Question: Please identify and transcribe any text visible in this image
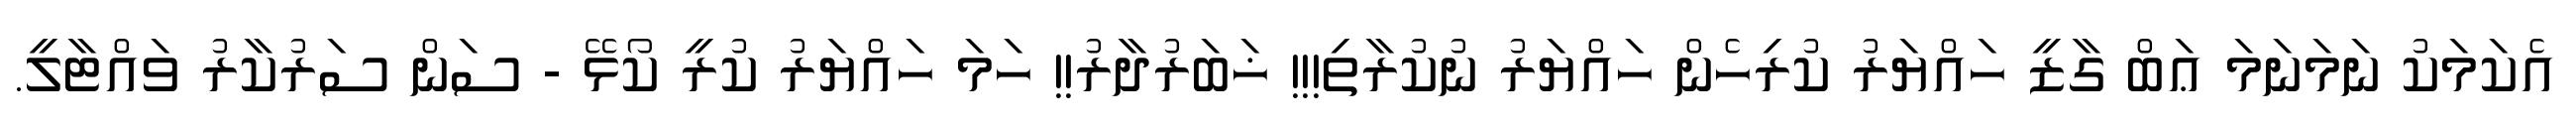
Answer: އެކަމަކު ނަމަނަމަ ޢަބް ގާޒީ ހައްޔަރު ކުރިހެން ހައްޔަރު ނުކުރާތި!!! ޚަބަރުދާރު!! ހަމަ ހައްޔަރު ކުރީ ކޯޅޭ - ސަން ސަރުކާރު ވައްޓާލީ.